Note on the mental hospitals in Burma - 1925-1940
Year: 1925
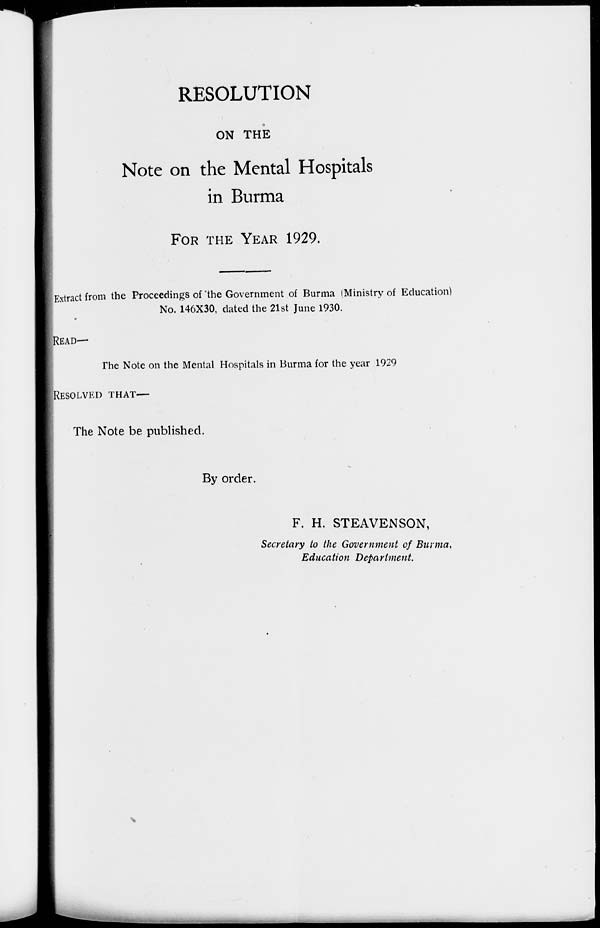
RESOLUTION
ON THE
Note on the Mental Hospitals
in Burma
FOR THE YEAR 1929.
Extract from the Proceedings of the Government of Burma (Ministry of Education)
No. 146X30, dated the 21st June 1930.
READ—
The Note on the Mental Hospitals in Burma for the year 1929
RESOLVED THAT—
The Note be published.
By order.
F. H. STEAVENSON,
Secretary to the Government of Burma,
Education Department.